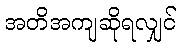
အတိအကျဆိုရလျှင်